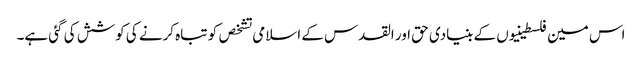
اس مین فلسطینیوں کے بنیادی حق اور القدس کے اسلامی تشخص کو تباہ کرنے کی کوشش کی گئی ہے۔